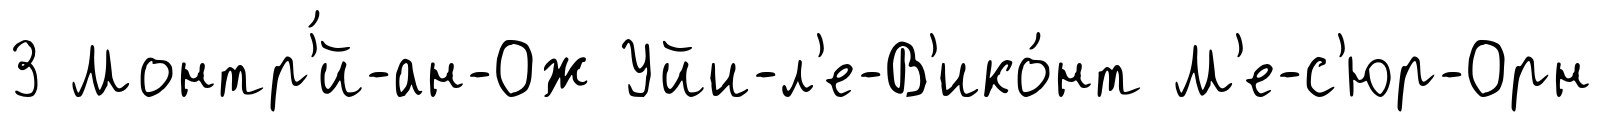
3 Монтр'́й-ан-Ож Уйи-л'е-В'ико́нт М'е-с'юр-Орн